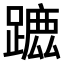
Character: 𨄭